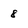
Character: 8